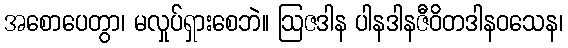
အစောပေတွာ၊ မလှုပ်ရှားစေဘဲ။ ဩဇဒါန ပါနဒါနဇီဝိတဒါနဝသေန၊